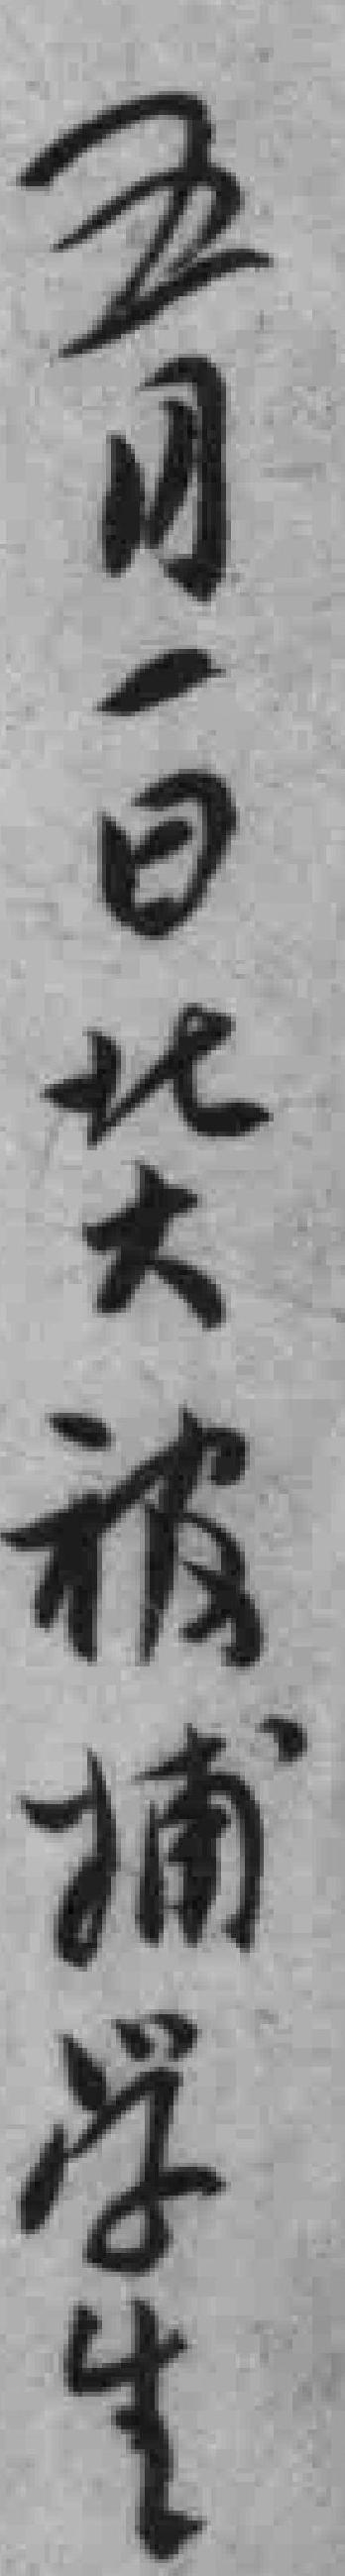
五月一日北大被捕学生